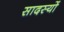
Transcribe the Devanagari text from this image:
सादस्यों